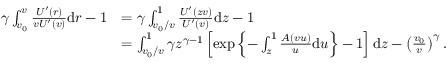
\begin{array} { r l } { \gamma \int _ { v _ { 0 } } ^ { v } \frac { U ^ { \prime } ( r ) } { v U ^ { \prime } ( v ) } \mathrm { d } r - 1 } & { = \gamma \int _ { v _ { 0 } / v } ^ { 1 } \frac { U ^ { \prime } ( z v ) } { U ^ { \prime } ( v ) } \mathrm { d } z - 1 } \\ & { = \int _ { v _ { 0 } / v } ^ { 1 } \gamma z ^ { \gamma - 1 } \left[ \exp \left\lbrace - \int _ { z } ^ { 1 } \frac { A ( v u ) } { u } \mathrm { d } u \right\rbrace - 1 \right] \mathrm { d } z - \left( \frac { v _ { 0 } } { v } \right) ^ { \gamma } . } \end{array}